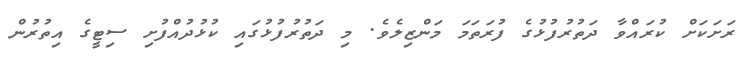
ރަށަކަށް ކުރައްވާ ދަތުރުފުޅުގެ ފުރަތަމަ މަންޒިލެވެ. މި ދަތުރުފުޅުގައި ކުޅުދުއްފުށި ސިޓީގެ އިތުރުން